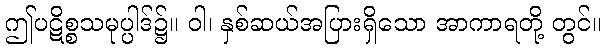
ဤပဋိစ္စသမုပ္ပါဒ်၌။ ဝါ၊ နှစ်ဆယ်အပြားရှိသော အာကာရတို့ တွင်။